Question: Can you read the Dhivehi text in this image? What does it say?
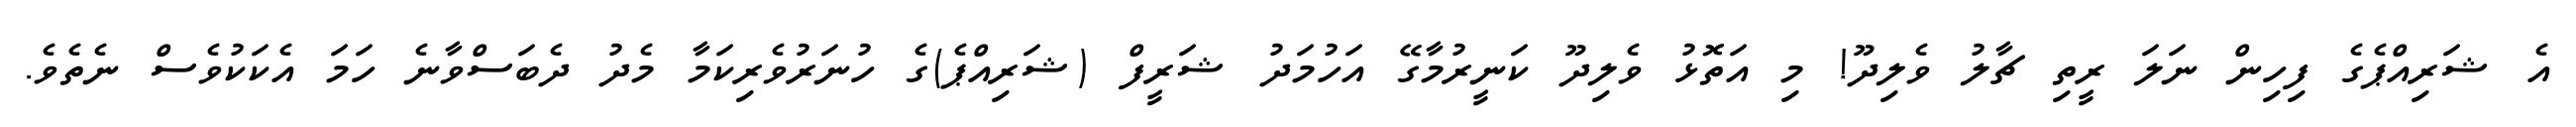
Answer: އެ ޝަރިއްޕެގެ ފިހިން ނަލަ ރީތި ޗާލު ވެލިދޫ! މި އަތޮޅު ވެލިދޫ ކަނީރުމާގޭ އަހުމަދު ޝަރީފް (ޝަރިއްޕެ)ގެ ހުނަރުވެރިކަމާ މެދު ދެބަސްވާނެ ހަމަ އެކަކުވެސް ނެތެވެ.